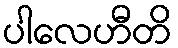
ပါလေဟီတိ